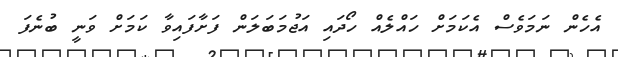
އެހެން ނަމަވެސް އެކަމަށް ހައްލެއް ހޯދައި އަޖުމަބަލަން ފަށާފައިވާ ކަމަށް ވަނީ ބުނެފަ